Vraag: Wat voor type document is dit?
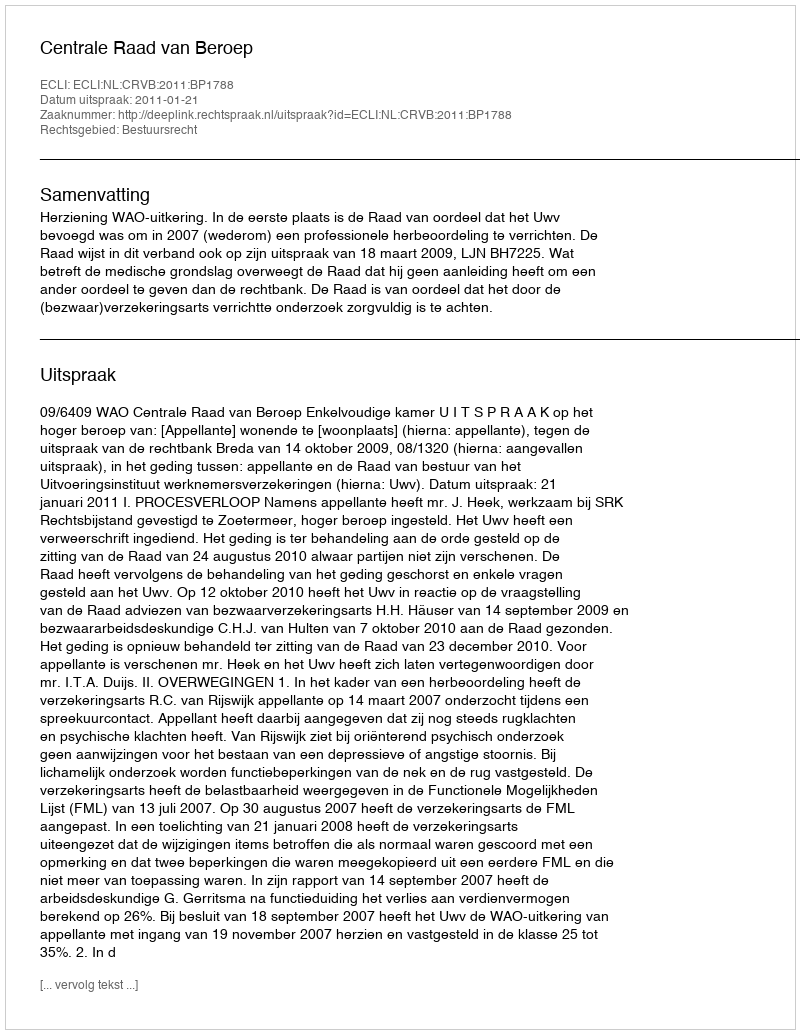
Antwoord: Uitspraak